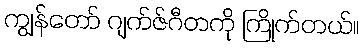
ကျွန်တော် ဂျက်ဇ်ဂီတကို ကြိုက်တယ်။